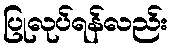
ပြုလုပ်ရန်လည်း